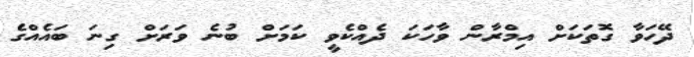
ދޭހަވާ ގޮތަކަށް އިމްރާން ވާހަކަ ދެއްކެވީ ކަމަށް ބުނެ ވަރަށް ގިނަ ބައެއްގެ